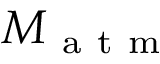
M _ { \mathrm { ~ a ~ t ~ m ~ } }